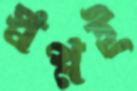
স্বপ্নই